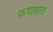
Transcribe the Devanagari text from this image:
फगावारा